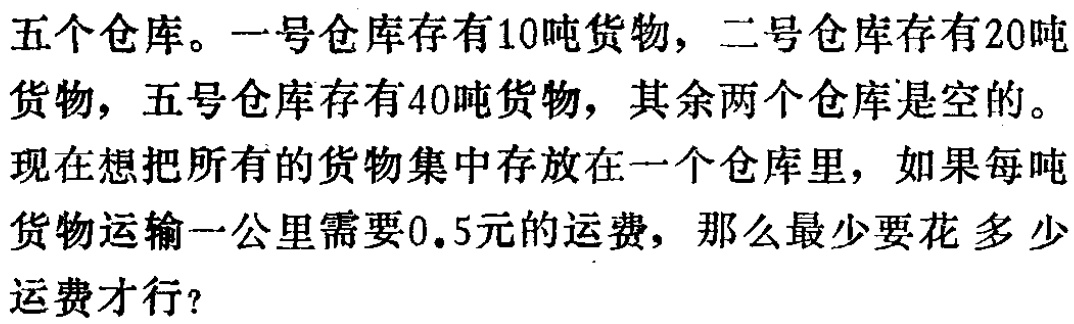
五个仓库。一号仓库存有10吨货物，二号仓库存有20吨货物，五号仓库存有40吨货物，其余两个仓库是空的。现在想把所有的货物集中存放在一个仓库里，如果每吨货物运输一公里需要0.5元的运费，那么最少要花多少运费才行？